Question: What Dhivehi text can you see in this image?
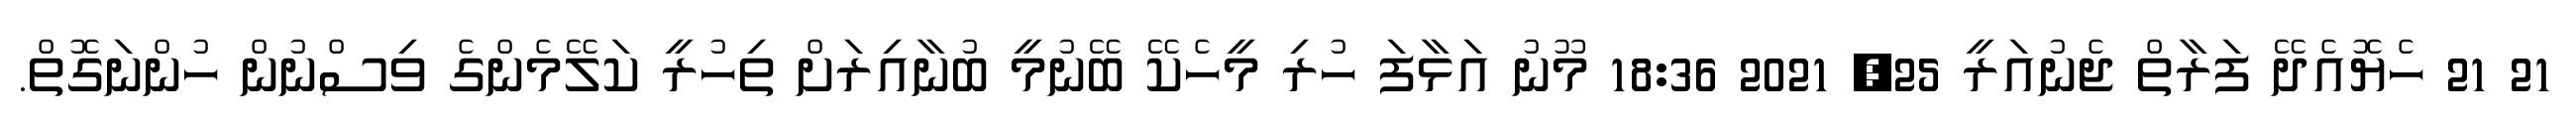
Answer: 21 21 ހެޔޮއެދޭ ފަރާތް ޖެނުއަރީ 25, 2021 18:36 މޫނު އަޅާފަ ހުރި މީހެކޭ ބޭނުމީ ބުނާއިރަށް ތިހުރީ ކަލޭމެންގެ ވިސްނުން ހުންނަގޮތް.